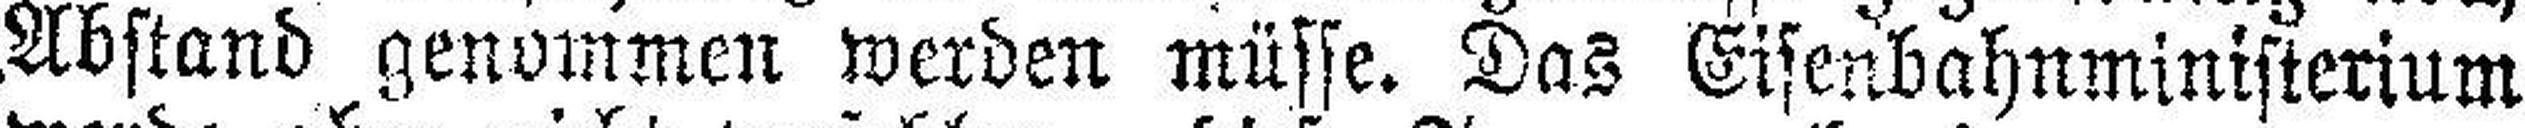
Abstand genommen werden müsse. Das Eisenbahnministerium